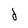
Character: 2